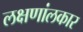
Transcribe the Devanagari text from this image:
लक्षणांलकार